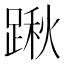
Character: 踿